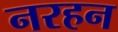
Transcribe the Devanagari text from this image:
नरहन